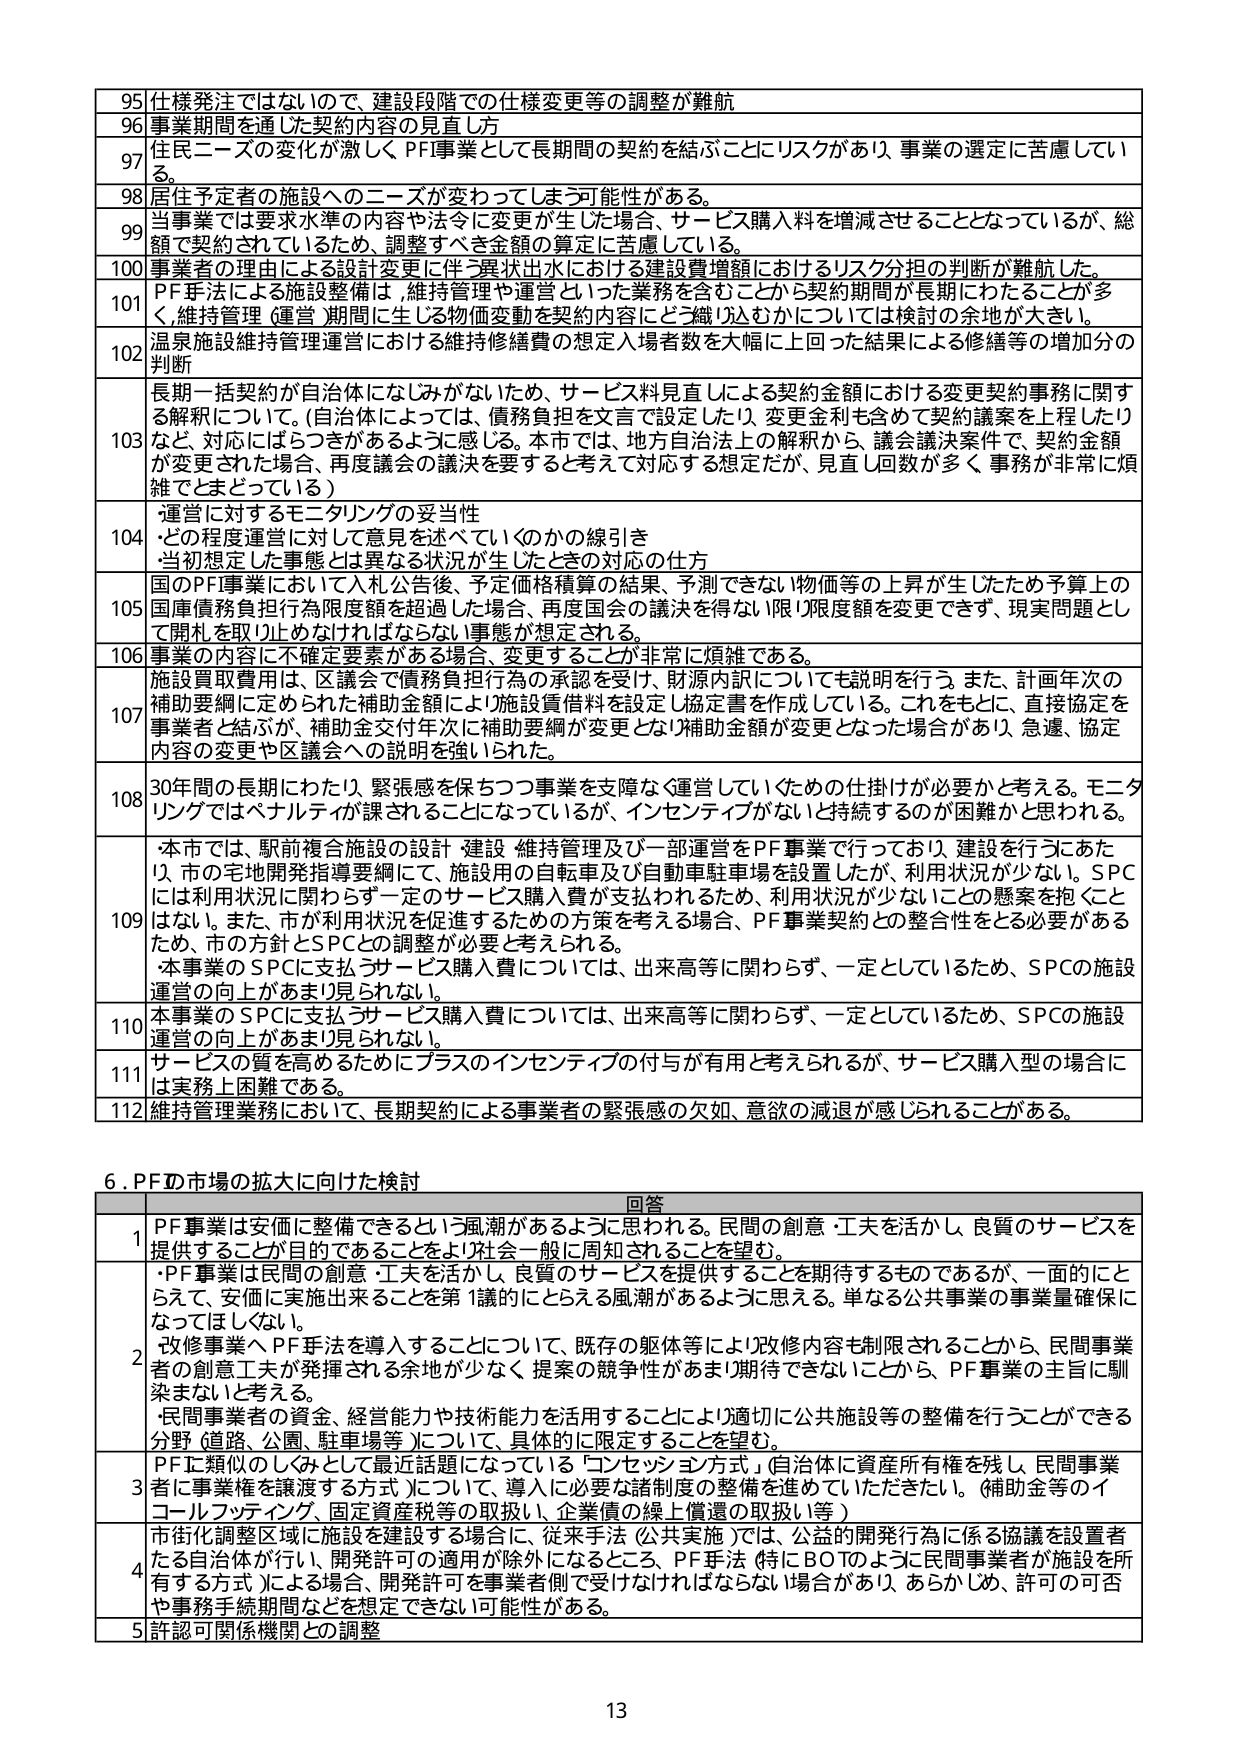
95 仕様発注ではないので、建設段階での仕様変更等の調整が難航
96 事業期間を通じた契約内容の見直し方
97 住民ニーズの変化が激しく、PF事業として長期間の契約を結ぶことにリスクがあり、事業の選定に苦慮している。
98 居住予定者の施設へのニーズが変わってしまう可能性がある。
99 当事業では要求水準の内容や法令に変更が生じた場合、サービス購入料を増減させることとなっているが、総額で契約されているため、調整すべき金額の算定に苦慮している。
100 事業者の理由による設計変更に伴う異状出水における建設費増額におけるリスク分担の判断が難航した。
101 PF手法による施設整備は、維持管理や運営といった業務を含むことから契約期間が長期にわたることが多く、維持管理（運営）期間に生じる物価変動を契約内容にどう織り込むかについては検討の余地が大きい。
102 温泉施設維持管理運営における維持修繕費の想定入場者数を大幅に上回った結果による修繕等の増加分の判断
103 長期一括契約が自治体になじみがないため、サービス料見直しによる契約金額における変更契約事務に関する解釈について。（自治体によっては、債務負担を文言で設定したり、変更金も含めて契約議案を上程したりなど、対応にばらつきがあるように感じる。本市では、地方自治法上の解釈から、議会議決案件で、契約金額が変更された場合、再度議会の議決を要すると考えて対応する想定だが、見直し回数が多く事務が非常に煩雑でとまどっている）
104 運営に対するモニタリングの妥当性
・どの程度運営に対して意見を述べていくのかの線引き
・当初想定した事態とは異なる状況が生じたときの対応の仕方
105 国のPF事業において入札公告後、予定価格積算の結果、予測できない物価等の上昇が生じたため予算上の国庫債務負担行為限度額を超過した場合、再度国会の議決を得ない限り限度額を変更できず、現実問題として開札を取り止ければならない事態が想定される。
106 事業の内容に不確定要素がある場合、変更することが非常に煩雑である。
107 施設買取費用は、区議会で債務負担行為の承認を受け、財源内訳についても説明を行う。また、計画年次の補助要綱に定められた補助金額により施設買借料を設定し協定書を作成している。これをもとに、直接協定を事業者と結ぶが、補助金交付年次に補助要綱が変更となり補助金額が変更となった場合があり、急遽、協定内容の変更や区議会への説明を強いられた。
108 30年間の長期にわたったり、緊張感を保ちつつ事業を支障なく運営していくための仕掛けが必要かと考える。モニタリングではペナルティが課されることになっているが、インセンティブがないと持続するのが困難と思われる。
109 ・本市では、駅前複合施設の設計・建設・維持管理及び一部運営をPF事業で行っており、建設を行うにあたり、市の宅地開発指導要綱にて、施設用の自転車及び自動車駐車場を設置したが、利用状況が少ない。SPCには利用状況に関わらず一定のサービス購入費が支払われるため、利用状況が少ないことの懸案を抱くことはない。また、市が利用状況を促進するための方策を考える場合、PF事業契約との整合性をとる必要があるため、市の方針とSPCとの調整が必要と考えられる。
・本事業のSPCに支払うサービス購入費については、出来高等に関わらず、一定としているため、SPCの施設運営の向上があまり見られない。
110 本事業のSPCに支払うサービス購入費については、出来高等に関わらず、一定としているため、SPCの施設運営の向上があまり見られない。
111 サービスの質を高めるためにプラスのインセンティブの付与が有用と考えられるが、サービス購入型の場合には実務上困難である。
112 維持管理業務において、長期契約による事業者の緊張感の欠如、意欲の減退が感じられることがある。

6. PF市場の拡大に向けた検討

回答
1 PF事業は安価に整備できるという風潮があるように思われる。民間の創意・工夫を活かし、良質のサービスを提供することが目的であることをより社会一般に周知されることを望む。
2 ・PF事業は民間の創意・工夫を活かし、良質のサービスを提供することを期待するものであるが、一面的にとらえて、安価に実施出来ることを第1議点にとらえる風潮があるように思える。単なる公共事業の事業量確保になってはほしくない。
・改修事業へPF手法を導入することについて、既存の躯体等により改修内容も制限されることから、民間事業者の創意工夫が発揮される余地が少なく、提案の競争性があまり期待できないことから、PF事業の主旨に馴染まないと考える。
・民間事業者の資金、経営能力や技術能力を活用することにより適切に公共施設等の整備を行うことができる分野（道路、公園、駐車場等）について、具体的に限定することを望む。
3 PFに類似のしくみとして最近話題になっている「コンセッション方式」（自治体に資産所有権を残し、民間事業者に事業権を譲渡する方式）について、導入に必要な諸制度の整備を進めていただきたい。（補助金等のイコールフッティング、固定資産税等の取扱い、企業債の繰上償還の取扱い等）
4 市街化調整区域内に施設を建設する場合に、従来手法（公共実施）では、公益的開発行為に係る協議を設置者たる自治体が行い、開発許可の適用が除外になるところ、PF手法（特にBOTのように民間事業者が施設を所有する方式）による場合、開発許可を事業者側で受けなければならない場合があり、あらかじめ、許可の可否や事務手続期間などを想定できない可能性がある。
5 許認可関係機関との調整

13